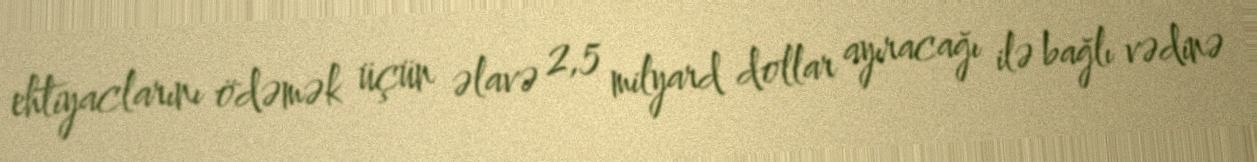
ehtiyaclarını ödəmək üçün əlavə 2,5 milyard dollar ayıracağı ilə bağlı vədinə